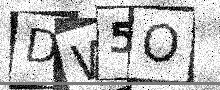
Text: DW5O